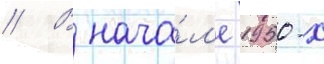
// В нача́л'е 1950-х